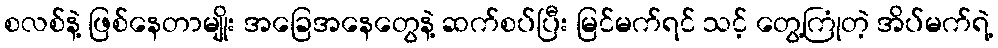
စလစ်နဲ့ ဖြစ်နေတာမျိုး အခြေအနေတွေနဲ့ ဆက်စပ်ပြီး မြင်မက်ရင် သင့် တွေ့ကြုံတဲ့ အိပ်မက်ရဲ့